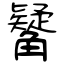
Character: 觺